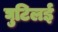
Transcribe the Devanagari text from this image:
घुटिलई